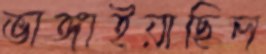
ভাঙ্গাইয়াছিল